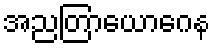
အညတြာယောဂေန